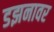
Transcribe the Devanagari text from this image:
डझनावर